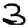
Digit: 3